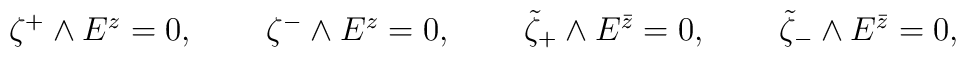
\matrix{\zeta^+\wedge E^z=0,\,\, &\quad\zeta^-\wedge E^z=0,\,\, &\quad\tilde\zeta_+\wedge E^{\bar z}=0,\,\, &\quad\tilde\zeta_-\wedge E^{\bar z}=0,}